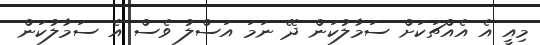
މިއީ އެ އެއްޗަކަށް ސަމާލުކަން ދޭ ނަމަ އަސްލު ވެސް އެ ސަމާލުކަން